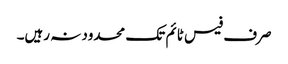
صرف فیس ٹائم تک محدود نہ رہیں۔